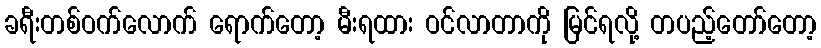
ခရီးတစ်ဝက်လောက် ရောက်တော့ မီးရထား ဝင်လာတာကို မြင်ရလို့ တပည့်တော်တော့